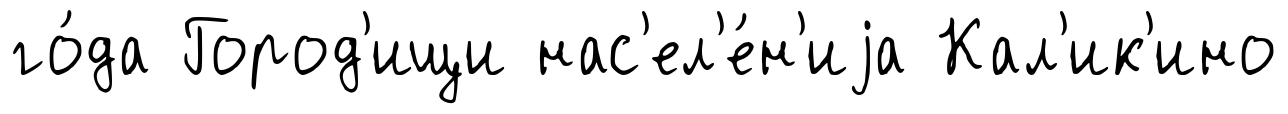
го́да Город'ищи нас'ел'е́н'иjа Кал'ик'ино